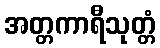
အတ္တကာရီသုတ္တံ